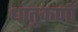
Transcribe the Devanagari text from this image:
धातुकणों